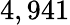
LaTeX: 4,941